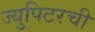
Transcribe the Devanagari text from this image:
ज्युपिटरची